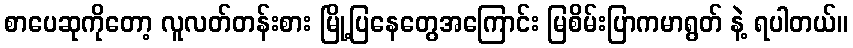
စာပေဆုကိုတော့ လူလတ်တန်းစား မြို့ပြနေတွေအကြောင်း မြစိမ်းပြာကမာရွတ် နဲ့ ရပါတယ်။